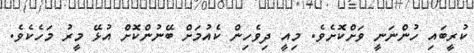
ކުރީބައި ހުންނަނީ ވަށްކޮށެވެ. މިއީ ދިވެހިން ކެއުމަށް ބޭނުންކޮށް އުޅޭ މީރު މަހެކެވެ.